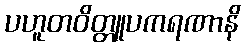
ပဟူတဝိတ္တူပကရဏာနိ